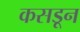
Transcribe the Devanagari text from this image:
कसडून